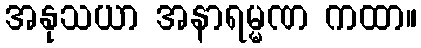
အနုသယာ အနာရမ္မဏ ကထာ။